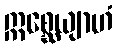
ဣစ္ဆေယျာဟံ